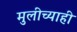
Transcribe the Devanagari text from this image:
मुलीच्याही